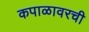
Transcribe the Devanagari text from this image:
कपाळावरची